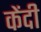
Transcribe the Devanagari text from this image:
केंदी